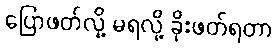
ပြောဖတ်လို့ မရလို့ ခိုးဖတ်ရတာ